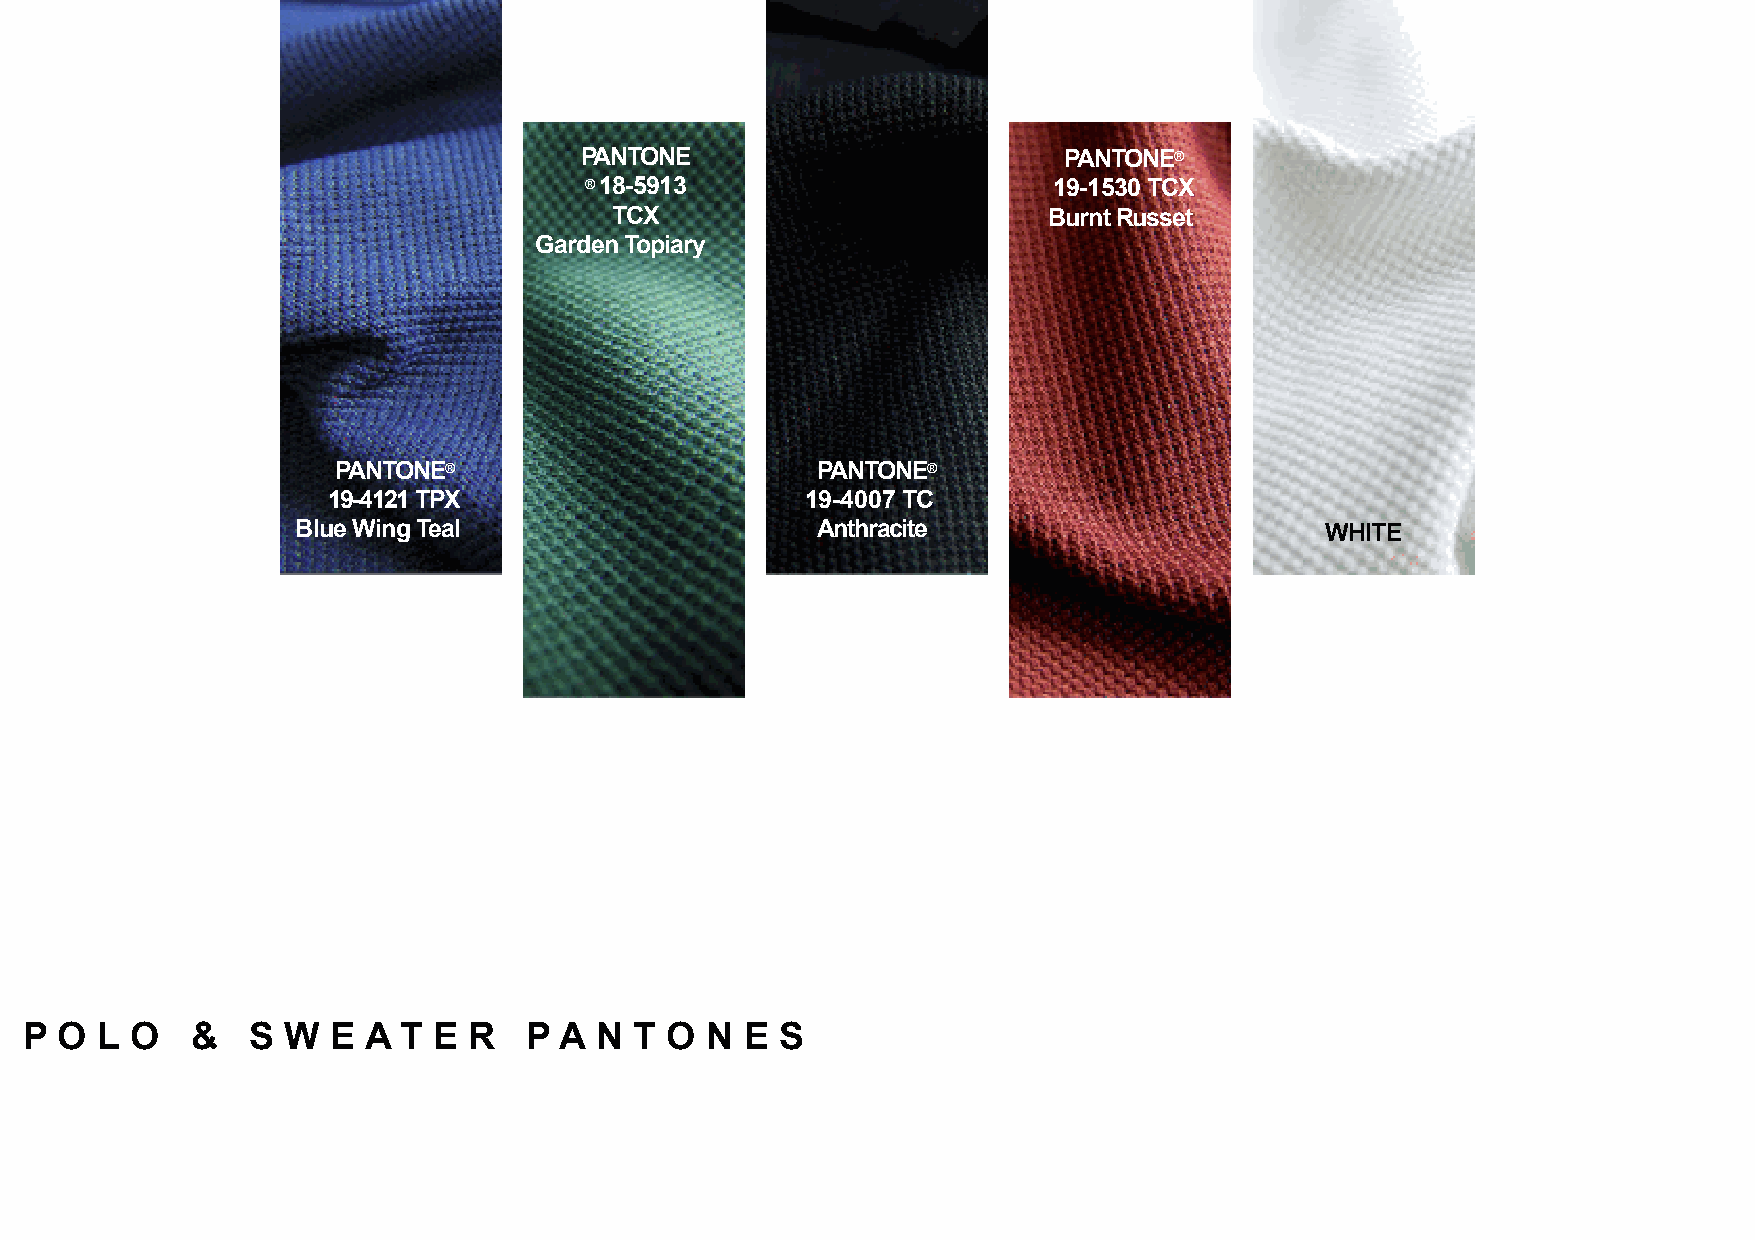
PANTONE                         PANTONE®
 ® 18-5913                      19-1530 TCX
 TCX                          Burnt Russet
 Garden Topiary
 PANTONE®                        PANTONE®
 19-4121 TPX                    19-4007 TC
 Blue Wing Teal                    Anthracite                        WHITE
 P  O L  O   &  S  W  E A T  E R   P A N  T O  N E  S